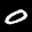
Label: 0